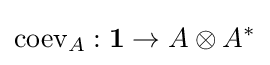
{\text{coev}}_{A}:{\bf {1}}\to A\otimes A^{*}